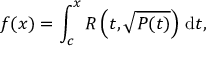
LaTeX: f ( x ) = \int _ { c } ^ { x } R \left( t , { \sqrt { P ( t ) } } \right) \, \mathrm { d } t ,